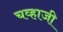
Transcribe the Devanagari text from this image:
चव्हाजी